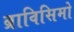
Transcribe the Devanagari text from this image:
ब्राविसिमो